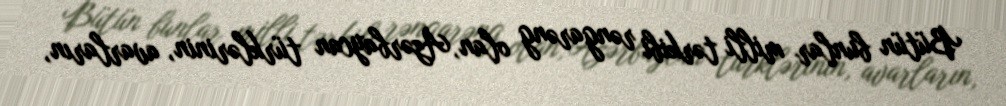
Bütün bunlar milli tərkibi rəngarəng olan, Azərbaycan türklərinin, avarların,